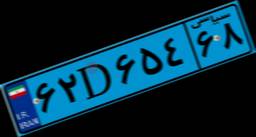
۴۱D۴۸۸۰۰